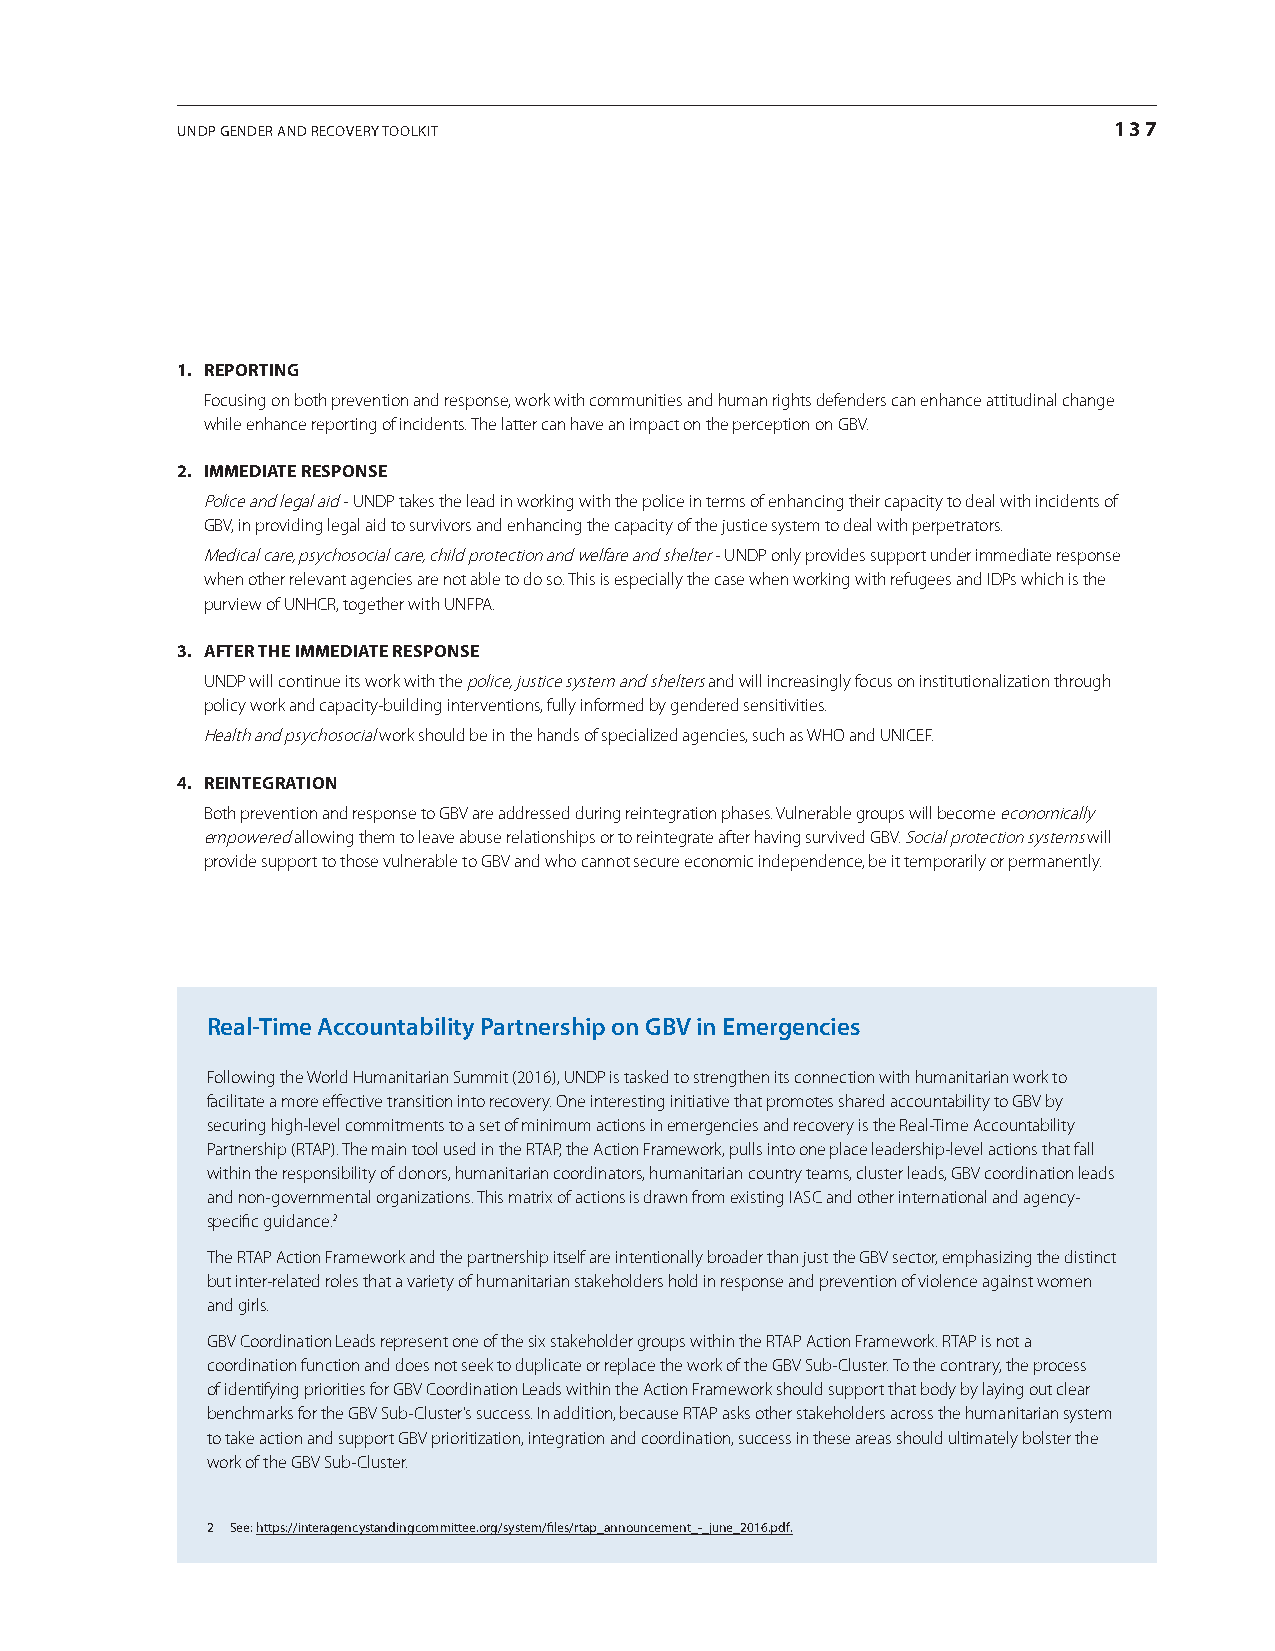
UNDP GeNDer aND recovery toolKit                              137
 1. reportinG
 Focusing on both prevention and response, work with communities and human rights defenders can enhance attitudinal change
 while enhance reporting of incidents. The latter can have an impact on the perception on GBV.
 2. immediate response
 Police and legal aid - UNDP takes the lead in working with the police in terms of enhancing their capacity to deal with incidents of
 GBV, in providing legal aid to survivors and enhancing the capacity of the justice system to deal with perpetrators.
 Medical care, psychosocial care, child protection and welfare and shelter - UNDP only provides support under immediate response
 when other relevant agencies are not able to do so. This is especially the case when working with refugees and IDPs which is the
 purview of UNHCR, together with UNFPA.
 3. after the immediate response
 UNDP will continue its work with the police, justice system and shelters and will increasingly focus on institutionalization through
 policy work and capacity-building interventions, fully informed by gendered sensitivities.
 Health and psychosocial work should be in the hands of specialized agencies, such as WHO and UNICEF.
 4. reinteGration
 Both prevention and response to GBV are addressed during reintegration phases. Vulnerable groups will become economically
 empowered allowing them to leave abuse relationships or to reintegrate after having survived GBV. Social protection systems will
 provide support to those vulnerable to GBV and who cannot secure economic independence, be it temporarily or permanently.
 Real-Time Accountability Partnership on GBV in Emergencies
 Following the World Humanitarian Summit (2016), UNDP is tasked to strengthen its connection with humanitarian work to
 facilitate a more effective transition into recovery. One interesting initiative that promotes shared accountability to GBV by
 securing high-level commitments to a set of minimum actions in emergencies and recovery is the Real-Time Accountability
 Partnership (RTAP). The main tool used in the RTAP, the Action Framework, pulls into one place leadership-level actions that fall
 within the responsibility of donors, humanitarian coordinators, humanitarian country teams, cluster leads, GBV coordination leads
 and non-governmental organizations. This matrix of actions is drawn from existing IASC and other international and agency-
 specific guidance.2
 The RTAP Action Framework and the partnership itself are intentionally broader than just the GBV sector, emphasizing the distinct
 but inter-related roles that a variety of humanitarian stakeholders hold in response and prevention of violence against women
 and girls.
 GBV Coordination Leads represent one of the six stakeholder groups within the RTAP Action Framework. RTAP is not a
 coordination function and does not seek to duplicate or replace the work of the GBV Sub-Cluster. To the contrary, the process
 of identifying priorities for GBV Coordination Leads within the Action Framework should support that body by laying out clear
 benchmarks for the GBV Sub-Cluster’s success. In addition, because RTAP asks other stakeholders across the humanitarian system
 to take action and support GBV prioritization, integration and coordination, success in these areas should ultimately bolster the
 work of the GBV Sub-Cluster.
 2 See: https://interagencystandingcommittee.org/system/files/rtap_announcement_-_june_2016.pdf.